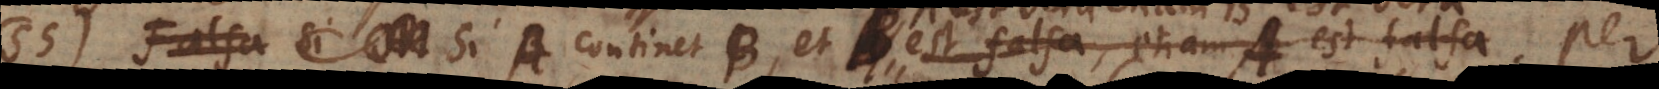
55) Si A continet B et B est falsa, etiam A est falsa A